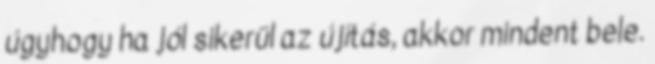
úgyhogy ha jól sikerül az újítás, akkor mindent bele.